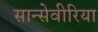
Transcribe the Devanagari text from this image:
सान्सेवीरिया